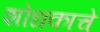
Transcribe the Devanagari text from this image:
शोधकाचे